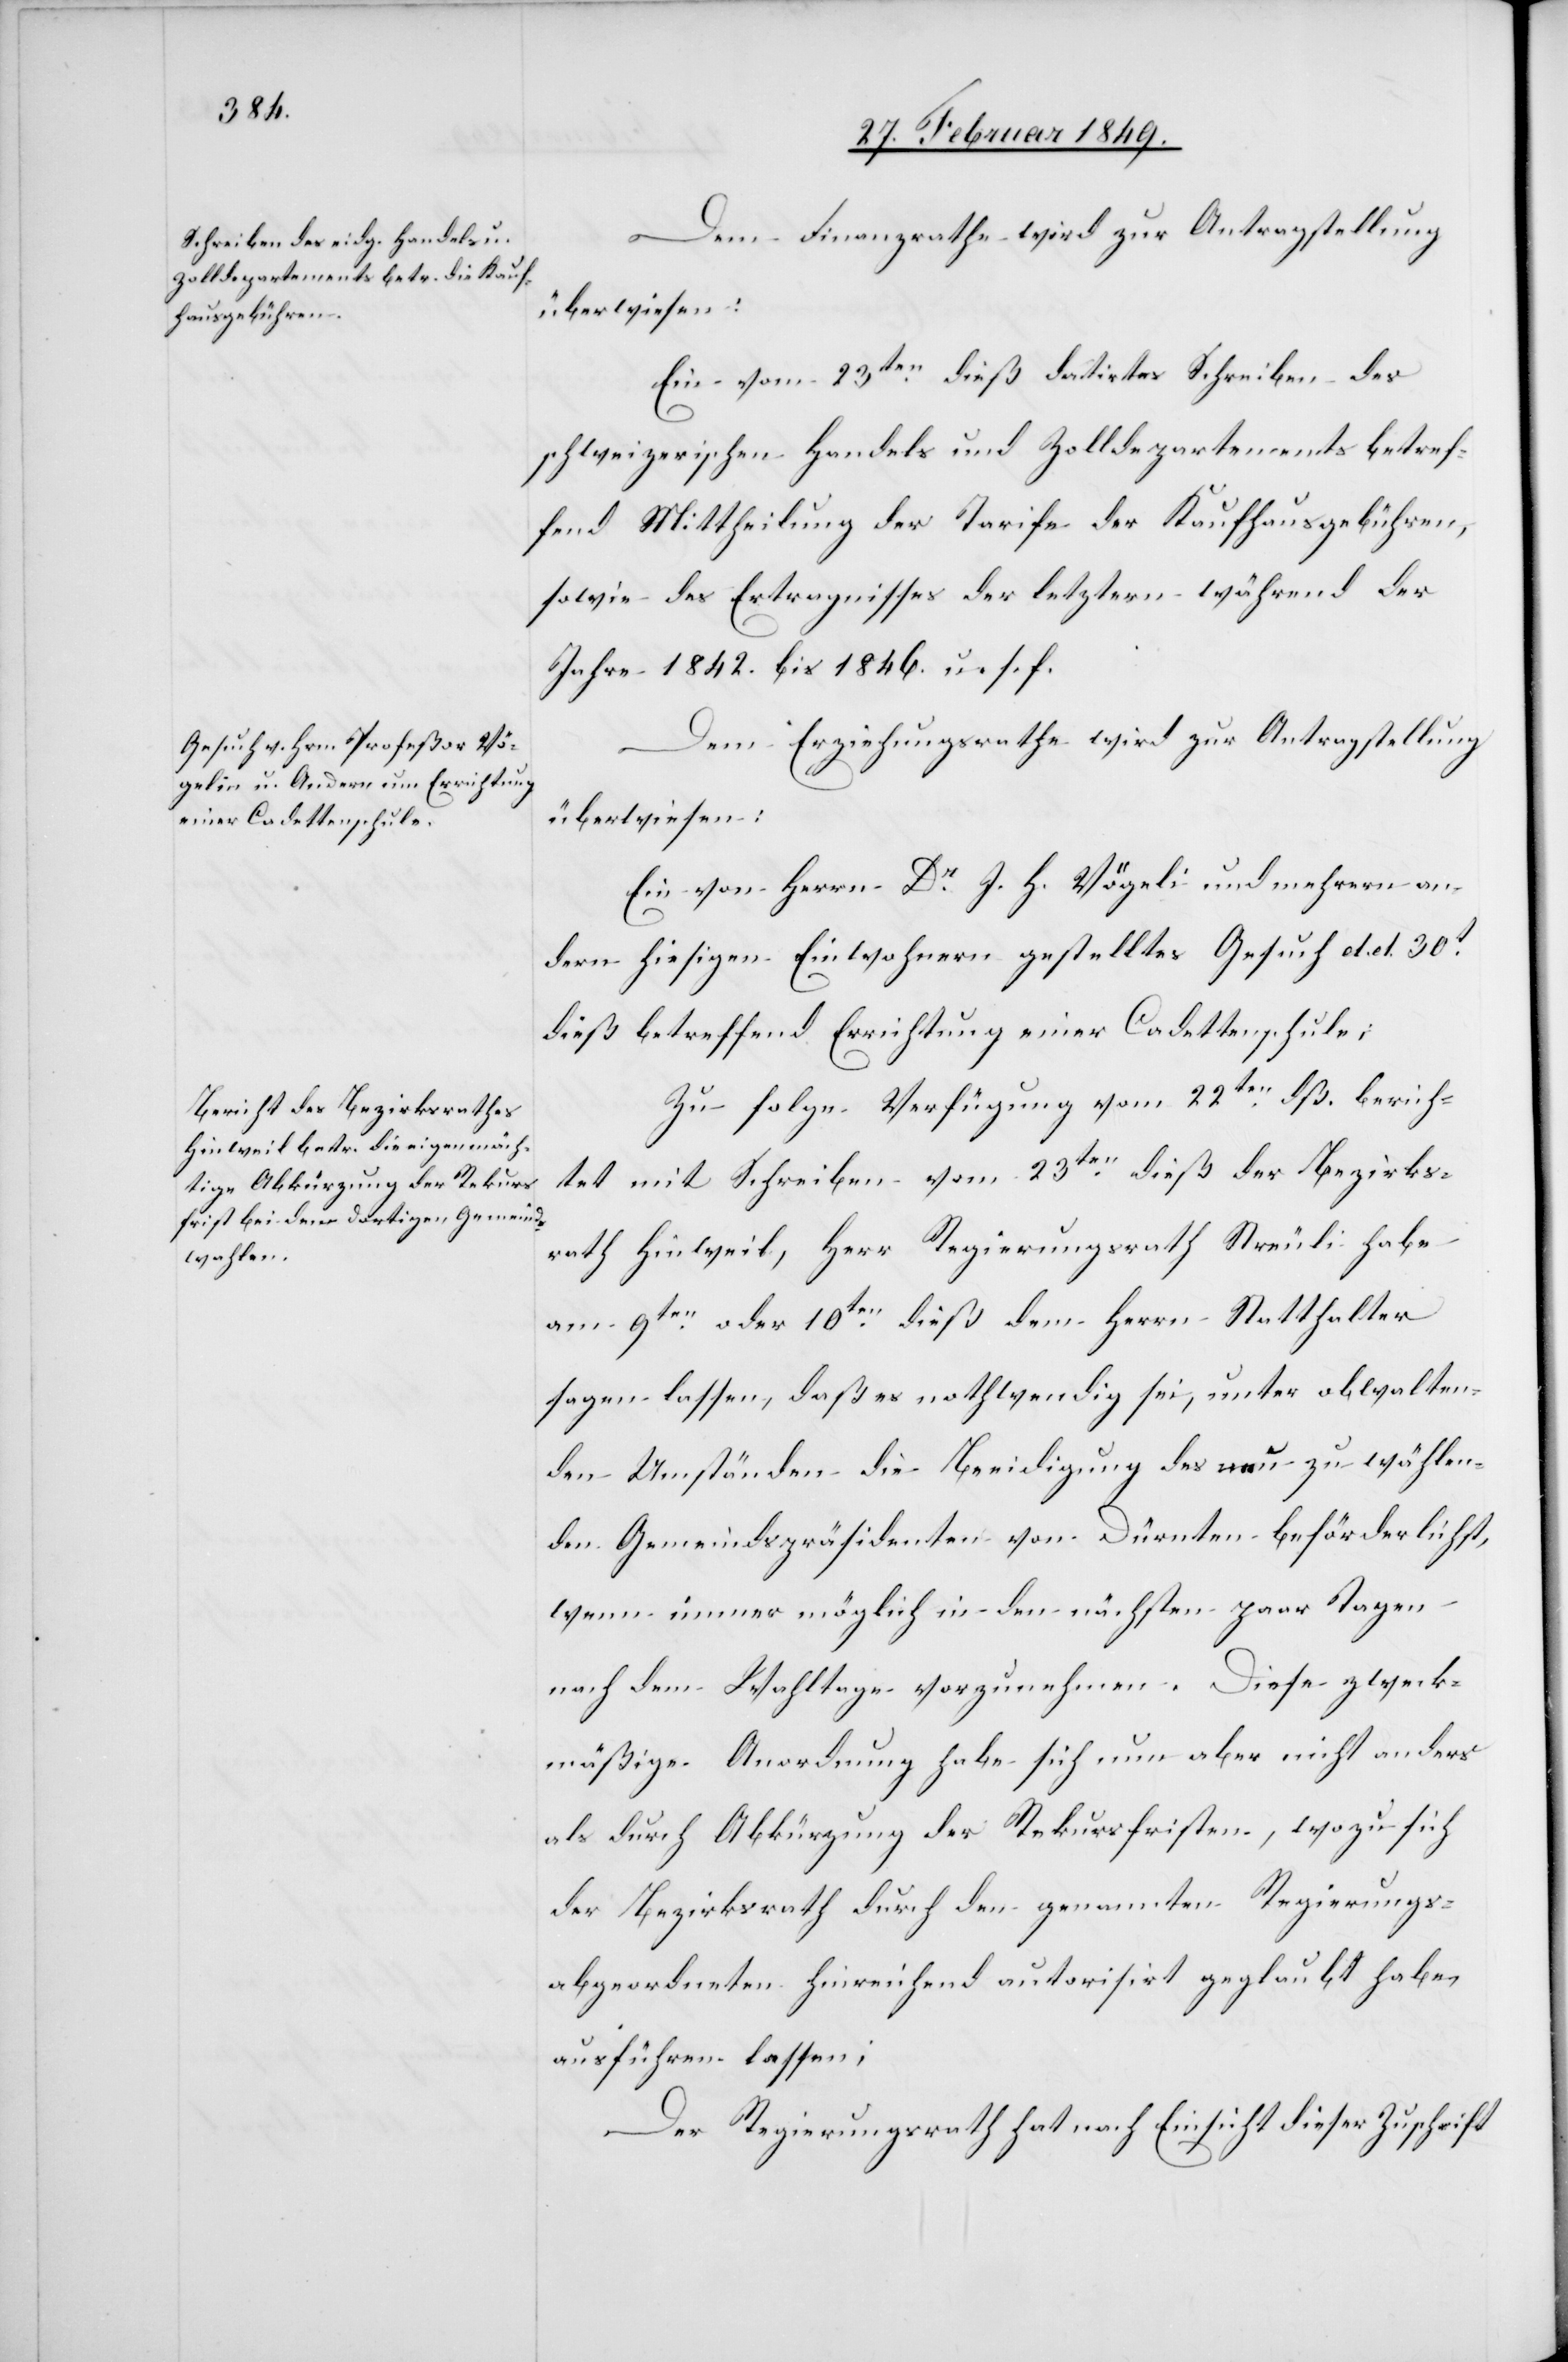
Dem Finanzrathe wird zur Antragstellung
überwiesen:
Ein vom 23ten. dieß datirtes Schreiben des
schweizerischen Handels und Zolldepartements betref¬
fend Mittheilung der Tarife der Kaufhausgebühren,
sowie des Ertragnisses der letztern während der
Jahre 1842. bis 1846. u. s. f.
Dem Erziehungsrathe wird zur Antragstellung
Ein von Herrn Dr. J. H. Vögelin und mehrern an¬
dern hiesigen Einwohnern gestelltes Gesuch d. d. 30t.
dieß betreffend Errichtung einer Cadettenschule;
Zu folge Verfügung vom 22ten. dß. berich¬
tet mit Schreiben vom 23ten. dieß der Bezirks¬
rath Hinweil, Herr Regierungsrath Streuli habe
am 9ten. oder 10ten. dieß dem Herrn Statthalter
sagen lassen, daß es nothwendig sei, unter obwalten¬
den Umständen die Beeidigung des neu zu wählen¬
den Gemeindspräsidenten von Dürnten beförderlichst,
wenn immer möglich in den nächsten paar Tagen
nach dem Wahltage vorzunehmen. Diese zweck¬
mäßige Anordnung habe sich nun aber nicht anders
als durch Abkürzung der Rekursfristen, wozu sich
der Bezirksrath durch den genannten Regierungs¬
abgeordneten hinreichend autorisirt geglaubt habe
ausführen lassen;
Der Regierungsrath hat nach Einsicht dieser Zuschrift